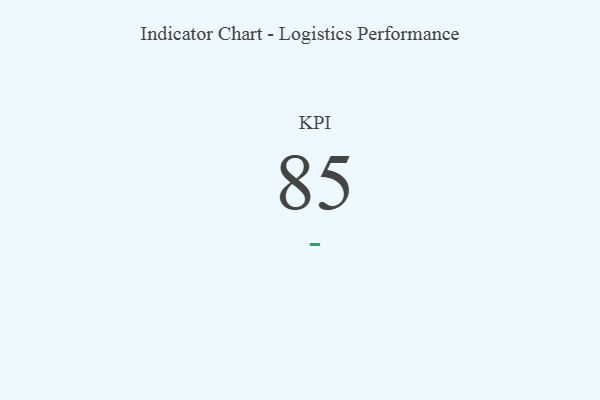
{"axis": {"x": "KPI", "y": "Value"}, "legend": [""], "data": [{"x": "KPI", "y": 85, "type": ""}]}